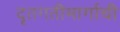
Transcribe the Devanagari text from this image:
दृतगतीमार्गाची